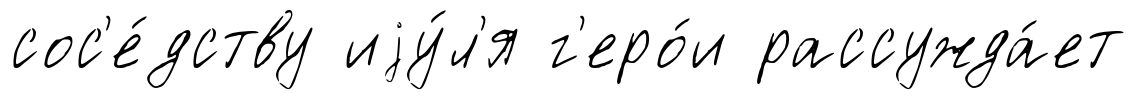
сос'е́дству иjу́л'я г'еро́и рассужда́ет